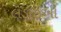
લડાઈઓ